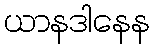
ယာနဒါနေန